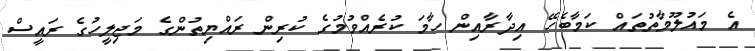
އެ މައުލޫމާތުތައް ކަމާބެހޭ އިދާރާއިން ހާމަ ކުރެއްވުމުގެ ކުރިން ރައްޔިތުންގެ މަޖިލީހުގެ ރައީސް